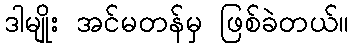
ဒါမျိုး အင်မတန်မှ ဖြစ်ခဲတယ်။